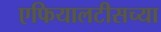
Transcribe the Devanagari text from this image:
एफियालटीसच्या